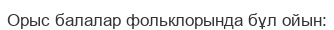
Орыс балалар фольклорында бұл ойын: